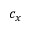
c _ { x }